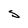
Character: S